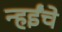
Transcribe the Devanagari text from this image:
न्हईंचे